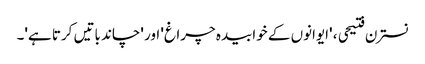
نسترن فتیحی ، 'ایوانوں کے خوابیدہ چراغ' اور 'چاند باتیں کرتا ہے'۔